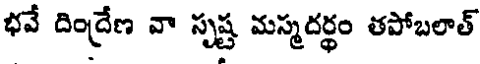
భవే దింద్రేణ వా సృష్ట మస్మదర్థం తపోబలాత్